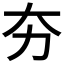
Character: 夯